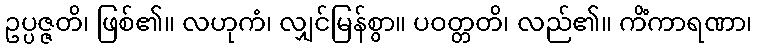
ဥပ္ပဇ္ဇတိ၊ ဖြစ်၏။ လဟုကံ၊ လျှင်မြန်စွာ။ ပဝတ္တတိ၊ လည်၏။ ကိံကာရဏာ၊